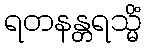
ရတနန္တရသ္မိံ